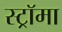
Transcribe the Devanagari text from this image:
स्ट्राॅमा